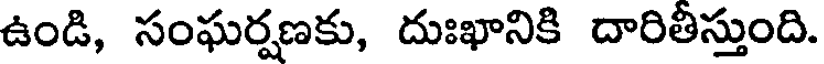
ఉండి, సంఘర్షణకు, దుఃఖానికి దారితీస్తుంది.